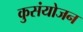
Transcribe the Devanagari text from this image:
कुसंयोजन